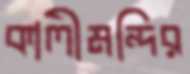
কালীমন্দির